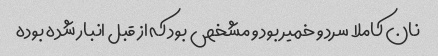
نان کاملا سرد و خمیر بود و مشخص بود که از قبل انبار شده بوده